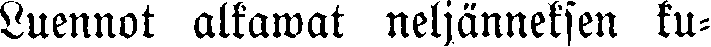
Luennot alkawat neljänneksen ku-